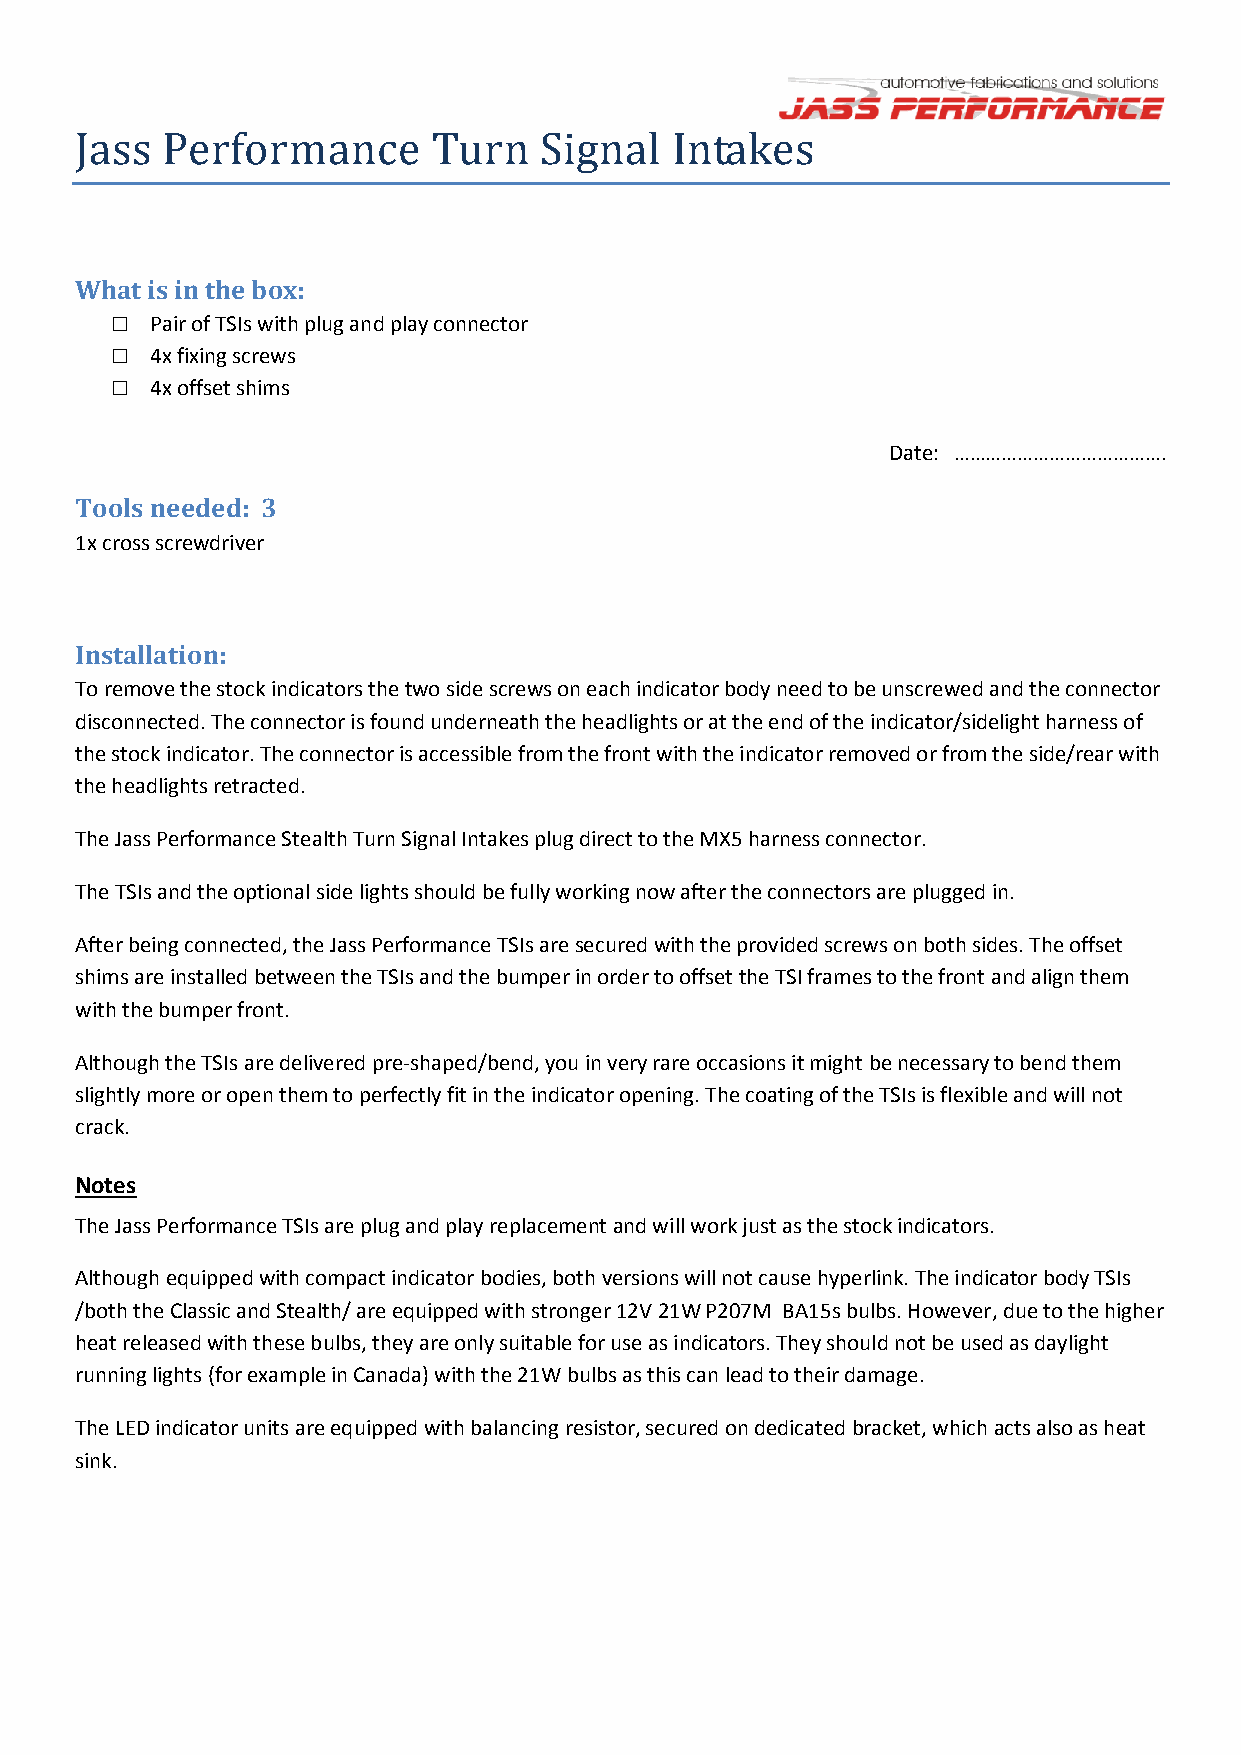
Jass  Performance       Turn   Signal  Intakes
 What is in the box:
 □  Pair of TSIs with plug and play connector
 □  4x fixing screws
 □  4x offset shims
 Date: ………………………………….
 Tools needed: 3
 1x cross screwdriver
 Installation:
 To remove the stock indicators the two side screws on each indicator body need to be unscrewed and the connector
 disconnected. The connector is found underneath the headlights or at the end of the indicator/sidelight harness of
 the stock indicator. The connector is accessible from the front with the indicator removed or from the side/rear with
 the headlights retracted.
 The Jass Performance Stealth Turn Signal Intakes plug direct to the MX5 harness connector.
 The TSIs and the optional side lights should be fully working now after the connectors are plugged in.
 After being connected, the Jass Performance TSIs are secured with the provided screws on both sides. The offset
 shims are installed between the TSIs and the bumper in order to offset the TSI frames to the front and align them
 with the bumper front.
 Although the TSIs are delivered pre-shaped/bend, you in very rare occasions it might be necessary to bend them
 slightly more or open them to perfectly fit in the indicator opening. The coating of the TSIs is flexible and will not
 crack.
 Notes
 The Jass Performance TSIs are plug and play replacement and will work just as the stock indicators.
 Although equipped with compact indicator bodies, both versions will not cause hyperlink. The indicator body TSIs
 /both the Classic and Stealth/ are equipped with stronger 12V 21W P207M BA15s bulbs. However, due to the higher
 heat released with these bulbs, they are only suitable for use as indicators. They should not be used as daylight
 running lights (for example in Canada) with the 21W bulbs as this can lead to their damage.
 The LED indicator units are equipped with balancing resistor, secured on dedicated bracket, which acts also as heat
 sink.